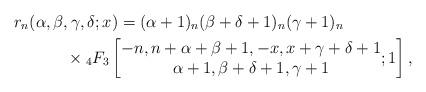
LaTeX: \begin{gather*}r_n(\alpha, \beta, \gamma, \delta;x)=(\alpha+1)_n(\beta+\delta+1)_n(\gamma+1)_n\\\hphantom{r_n(\alpha, \beta, \gamma, \delta,x)=}{}\times {}_4F_3\left[\begin{matrix} -n, n+\alpha+\beta+1, -x, x+\gamma +\delta+1\\ \alpha+1, \beta+\delta+1, \gamma+1\end{matrix}; 1\right],\end{gather*}